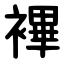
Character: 襅